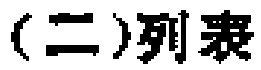
（二）列表